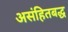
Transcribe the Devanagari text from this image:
असंहितबद्ध